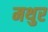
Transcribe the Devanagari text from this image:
मथुर